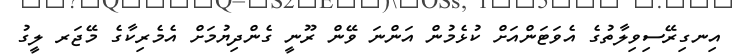
އިނގިރޭސިވިލާތުގެ އެވަޓަންއަށް ކުޅެމުން އަންނަ ވޭން ރޫނީ ގެންދިޔުމަށް އެމެރިކާގެ މޭޖަރ ލީގު